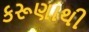
કરૂણાથી